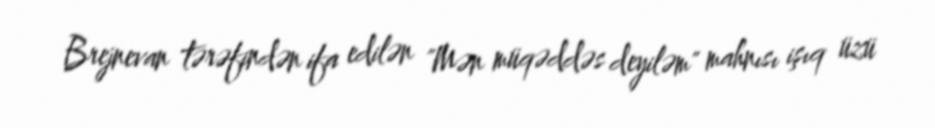
Brejnevan tərəfindən ifa edilən "Mən müqəddəs deyiləm" mahnısı işıq üzü